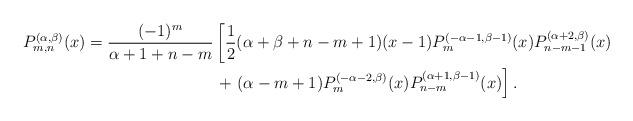
LaTeX: \begin{align*}P_{m,n}^{(\alpha,\beta)}(x)&=\frac{(-1)^m}{\alpha+1+n-m}\left[\frac{1}{2} ( \alpha+\beta +n-m+1)(x-1)P_{m}^{(-\alpha-1,\beta-1)}(x)P_{n-m-1}^{(\alpha+2,\beta)}(x)\right.\\&\qquad\qquad\qquad\qquad+\left.(\alpha -m +1)P_{m}^{(-\alpha-2,\beta)}(x)P_{n-m}^{(\alpha+1,\beta-1)}(x) \right].\end{align*}